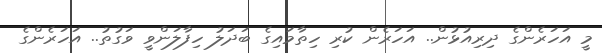
މީ އަހަރެންގެ ދިރިއުޅުން.. އަހަރެން ކުރި ހިތާމައިގެ ބަދަލު ހިފާލަންވީ ވަގުތު.. އަހަރެންގެ